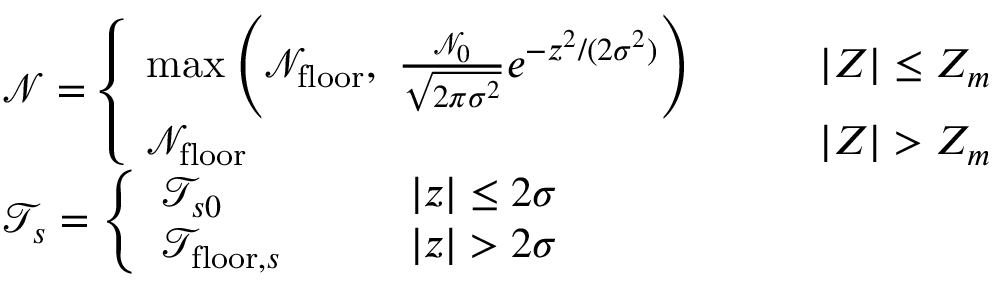
\begin{array} { r l } & { \mathcal { N } = \left\{ \begin{array} { l l } { \operatorname* { m a x } \left( \mathcal { N } _ { \mathrm { f l o o r } } , ~ \frac { \mathcal { N } _ { 0 } } { \sqrt { 2 \pi \sigma ^ { 2 } } } e ^ { - z ^ { 2 } / ( 2 \sigma ^ { 2 } ) } \right) \qquad } & { \left| Z \right| \leq Z _ { m } } \\ { \mathcal { N } _ { \mathrm { f l o o r } } \qquad } & { \left| Z \right| > Z _ { m } } \end{array} \right. } \\ & { \mathcal { T } _ { s } = \left\{ \begin{array} { l l } { \mathcal { T } _ { s 0 } \qquad } & { \left| z \right| \leq 2 \sigma } \\ { \mathcal { T } _ { \mathrm { f l o o r } , s } \qquad } & { \left| z \right| > 2 \sigma } \end{array} \right. } \end{array}